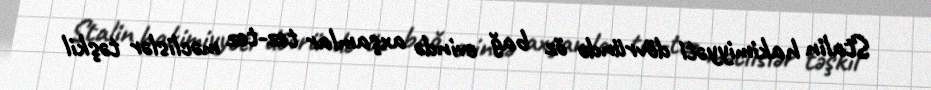
Stalin hakimiyyəti dövründə öz bağ evində axşamlar tez-tez məclislər təşkil